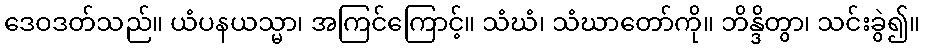
ဒေဝဒတ်သည်။ ယံပနယသ္မာ၊ အကြင်ကြောင့်။ သံဃံ၊ သံဃာတော်ကို။ ဘိန္ဒိတွာ၊ သင်းခွဲ၍။